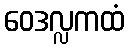
ဝေဒလ္လကထံ